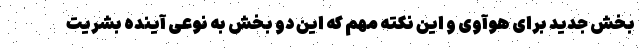
بخش جدید برای هوآوی و این نکته مهم که این دو بخش به نوعی آینده بشریت